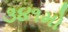
૩૪૧મો